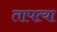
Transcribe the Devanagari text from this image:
तापत्या